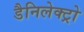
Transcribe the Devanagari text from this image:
डैनिलेक्ट्रो